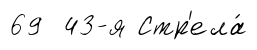
69 43-я Стр'ела́